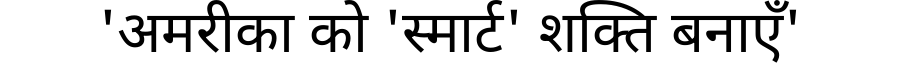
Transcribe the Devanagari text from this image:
'अमरीका को 'स्मार्ट' शक्ति बनाएँ'